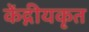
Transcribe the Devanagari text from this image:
केंद्गीयकृत